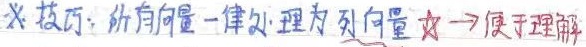
☆ 技巧：所有向量一律处理为列向量 ☆ $\to$ 便于理解